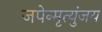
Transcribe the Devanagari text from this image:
जपेन्मृत्युंजय